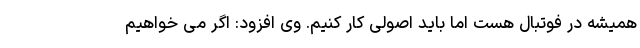
همیشه در فوتبال هست اما باید اصولی کار کنیم. وی افزود: اگر می خواهیم